Vital statistics of India. Vol. IV, Annual returns from 1871 to 1876. British Army of India, Native Army and jails of Bengal
Year: 1871
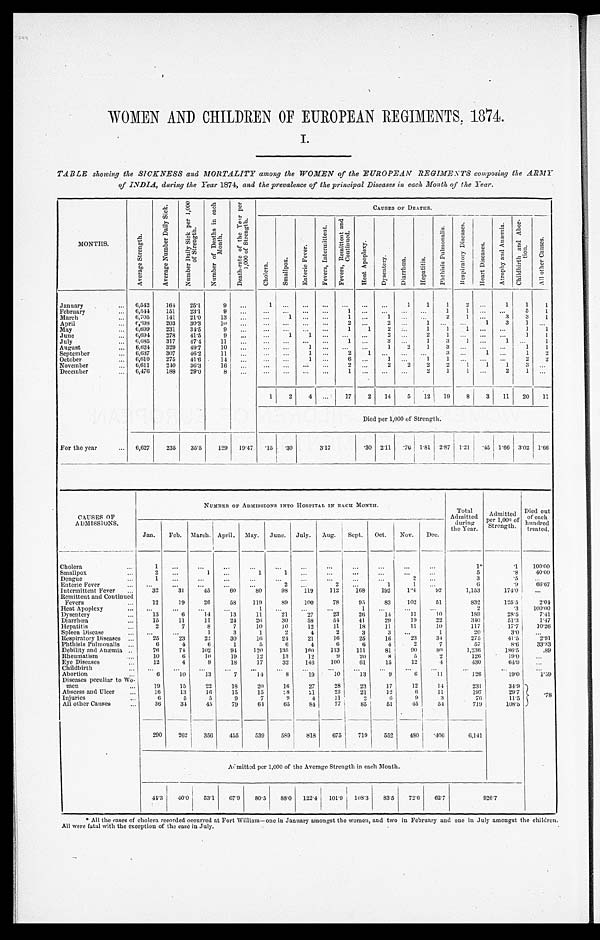
WOMEN AND CHILDREN OF EUROPEAN REGIMENTS, 1874.
I.
TABLE showing the SICKNESS and MORTALITY among the WOMEN of the EUROPEAN REGIMENTS composing the ARMY
of INDIA, during the Year 1874, and the prevalence of the principal Diseases in each Month of the Year.
MONTHS.
A v e r a g e S t r e n g t h .
A v e r a g e N u m b e r D a i l y S i c k .
N u m b e r D a i l y S i c k p e r 1 , 0 0 0 o f S t r e n g t h .
N u m b e r o f D e a t h s i n e a c h M o n t h .
D e a t h - r a t e o f t h e Y e a r p e r 1 , 0 0 0 o f S t r e n g t h .
CAUSES OF DEATHS.
C h o l e r a .
S m a l l p o x .
E n t e r i c F e v e r .
F e v e r s , I n t e r m i t t e n t .
F e v e r s , R e m i t t e n t a n d C o n t i n u e d .
H e a t A p o p l e x y .
D y s e n t e r y .
D i a r r h œ a .
H e p a t i t i s .
P h t h i s i s P u l m o n a l i s .
R e s p i r a t o r y D i s e a s e s .
H e a r t D i s e a s e s .
A t r o p h y a n d A n æ m i a .
C h i l d b i r t h a n d A b o r - t i o n .
A l l o t h e r C a u s e s .
January . . .
6,542
164
25.1
9
. . .
1
. . .
. . .
. . .
. . .
. . .
. . .
1
1
1
2
. . .
1
1
1
February . . .
6,544
151
23.1
9
. . .
. . .
. . .
. . .
. . .
1 . . .
. . . . . .
. . .
1
1
. . .
. . .
5
1
March . . .
6, 705
141
21.0
13
. . .
. . .
1
. . .
. . .
1
. . .
1 . . .
. . .
2
1
. . .
3
3
1
April . . .
6, 698
203
30.3
10
. . .
. . .
. . .
. . .
. . .
2
. . .
2
. . .
1
. . .
. . .
1
3
1
. . .
May . . .
6,699
231
34.5
9
. . .
. . .
. . .
. . .
. . .
1
1
2
. . .
1
1
1 . . .
. . .
1
1
June . . .
6,694
278
41.5
9
. . .
. . .
1
1
. . .
. . .. . .
2
. . .
2
1
. . .. . .
. . .
1
1
July . . .
6,685
317
47.4
11
. . .
. . .
. . .
. . .
. . .
1
. . .
3
. . .
1
3
1
. . .
1
. . .
1
August . . .
6,624
329
49.7
10
. . .
. . .
. . .
1
. . .
. . . . . .
1
2
1
3
. . . . . .
. . .
1
1
September . . .
6,637
307
46.2
11
. . .
. . .
. . .
1
. . .
2
1
. . . . . .
. . .
3
. . .
1
. . .
1
2
October . . .
6, 610
275
41.6
14
. . .
. . .
. . .
1
. . .
6 . . .
1
. . .
1
1 . . . . . .
. . .
2
2
November . . .
6,611
240
36.3
16
. . .
. . .
. . .
. . .
. . .
2 . . .
2
2
2
2
1
1
1
3
. . .
December . . .
6,476
188
29.0
8
. . .
. . .
. . .
. . .
. . .
1 . . .
. . . . . .
2
1
1
. . .
2
1
. . .
1
2
4
. . .
17
2
14
5
12
19
8
3
11
20
11
Died per 1,000 of Strength.
For the year . . .
6,627
235
355
129
19.47
. 15
.30
3.17
. 30 2.11
.76 1.81
2.87
1.21
.45 1.66
3.02
1.66
CAUSES OF
ADMISSIONS.
NUMBER OF ADMISSIONS INTO HOSPITAL IN EACH MONTH.
Total
Admitted
during
the Year.
Admitted
per 1,000 of
Strength.
Died out of each
hundred treated.
Jan.
Feb.
March. April.
May.
June.
July.
Aug.
Sept.
Oct.
Nov.
Dec.
Cholera . . .
1
. . .
. . .
. . .
. . .
. . .
. . .
. . .
. . .
. . .
. . .
. . .
1*
.1
100.00
Smallpox . . .
2
. . .
1
. . .
1
1
. . .
. . .
. . .
. . .
. . .
. . .
5
.8
40.00
D e n g u e . . .
1
. . .
. . .
. . .
. . .
. . .
. . .
. . .
. . .
. . .
2
. . .
3
.5
. . .
Enteric Fever . . .
. . .
. . .
. . .
. . .
. . .
2
. . .
2
. . .
1
1
. . .
6
.9
66.67
Intermittent Fever . . .
32
31
45
60
80
98
119
112
168
192
124
92
1,153
174.0
. . .
Remittent and Continued
Fevers . . .
12
19
26
58
119
89
100
78
95
83
102
51
832
125.5
2.04
Heat Apoplexy . . .
. . .
. . .
. . .
. . .
1
. . .
. . .
. . .
1
. . .
. . .
. . .
2
.3
100.00
Dysentery . . .
13
6
14
13
11
21
27
23
26
14
11
10
189
28.5
7.41
Diarrhœa . . .
15
11
11
24
26
30
58
54
41
29
19
22
340
51.3
1.47
Hepatitis . . .
2
7
8
7
10
10
12
11
18
11
11
10
117
17.7
10.26
Spleen Disease . . .
. . .
. . .
1
3
1
2
4
2
3
3
. . .
1
20
3.0
. . .
Respiratory Diseases . . .
25
23
22
30
16
24
21
16
25
16
23
34
275
41.5
2.91
Phthisis Pulmonalis . . .
6
4
6
1
5
6
4
6
6
4
2
7
57
8.6
33.33
Debility and Anæmia . . .
76
74
102
94
120
135
180
113
111
81
90
8 0
1,236
186.5
.89
Rheumatism . . .
10
6
1 0
19
12
13
12
9
20
8
5
2
126
19.0
. . .
Eye Diseases . . .
12
4
9
18
17
32
146
100
61
15
12
4
430
64.9
. . .
Childbirth . . .
. . .
. . .
. . .
. . .
. . .
. . .
. . .
. . .
. . .
. . .
. . .
. . .
. . .
. . .
. . .
Abortion . . .
6
10
13
7
14
8
19
10
13
9
6
11
126
19.0
1.59
Diseases peculiar to Wo -
men . . .
1 9
15
22
18
20
16
27
28
23
17
12
14
231
34.9
.78
Abscess and Ulcer . . .
16
13
16
15
15
1 8
21
23
21
12
6
11
197
29.7
Injuries . . .
6
5
5
9
7
9
4
11
2
6
9
3
76
11.5
All other Causes . . .
36
34
45
79
64
65
84
77
8 5
51
45
54
719
108.5
290
262
356
455
539
589
818
675
719
552
480 .406
6,141
Admitted per 1,000 of the Average Strength in each Month.
44.3
40.0
53.1
67.9
80.5
88.0
122.4
101.9
108.3
83.5
72.6
62.7
926.7
* All the cases of cholera recorded occurred at Fort William—one in January amongst the women, and two in February and one in July amongst the children.
All were fatal with the exception of the case in July.